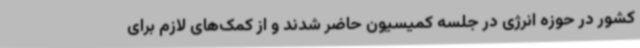
کشور در حوزه انرژی در جلسه‌ کمیسیون حاضر شدند و از کمک‌های لازم برای